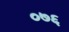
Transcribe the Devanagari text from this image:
०७६